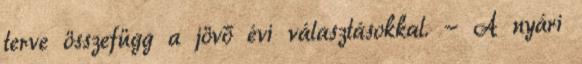
terve összefügg a jövő évi választásokkal. - A nyári